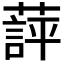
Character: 𬞖